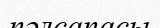
пәлсапасы